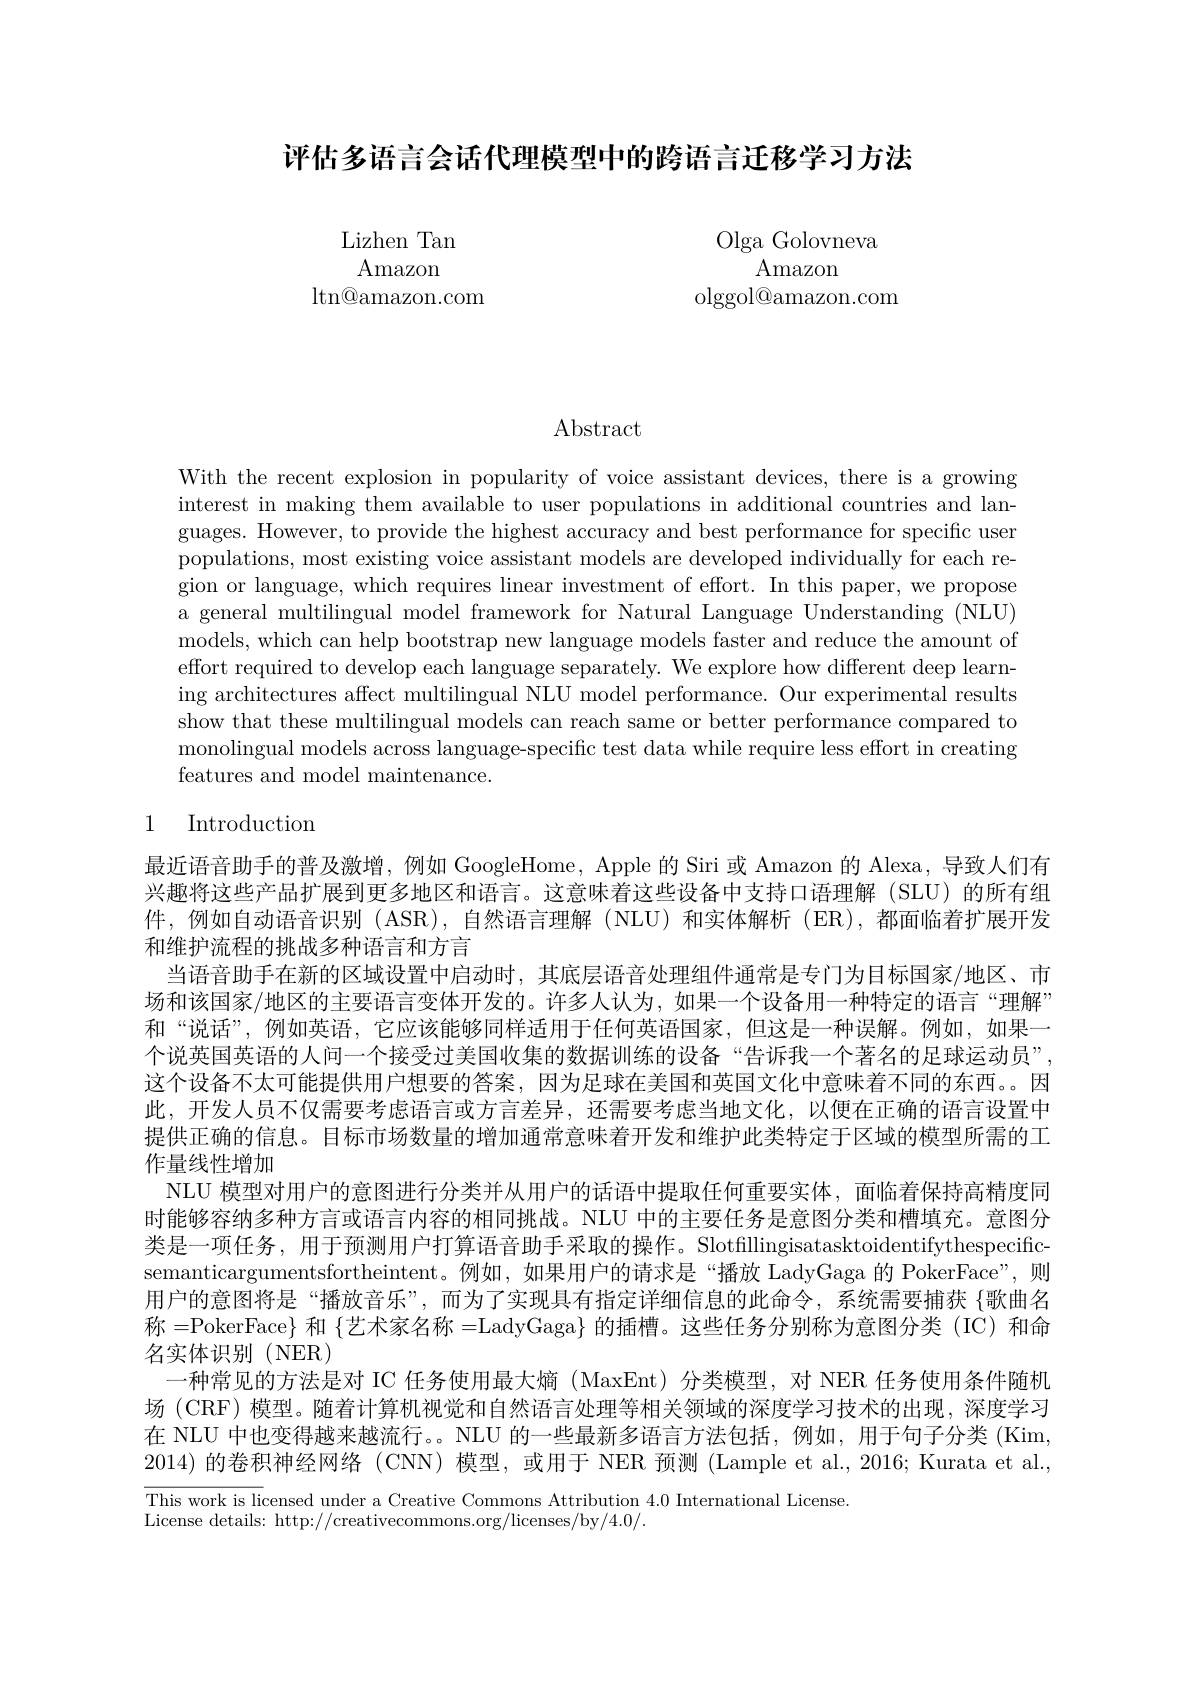
评估多语言会话代理模型中的跨语言迁移学习方法

Lizhen Tan Amazon
$\operatorname{ltn@amazon.com}$

Olga Golovneva
Amazon
olggol@amazon.com

$\operatorname{Abstract}$

With the recent explosion in popularity of voice assistant devices, there is a growing interest in making them available to user populations in additional countries and languages. However, to provide the highest accuracy and best performance for specific user populations, most existing voice assistant models are developed individually for each region or language, which requires linear investment of effort. In this paper, we propose a general multilingual model framework for Natural Language Understanding (NLU) models, which can help bootstrap new language models faster and reduce the amount of effort required to develop each language separately. We explore how different deep learning architectures affect multilingual NLU model performance. Our experimental results show that these multilingual models can reach same or better performance compared to monolingual models across language-specific test data while require less effort in creating features and model maintenance.

## 1 Introduction

最近语音助手的普及激增，例如 GoogleHome, Apple 的 Siri 或 Amazon 的 Alexa, 导致人们有兴趣将这些产品扩展到更多地区和语言。这意味着这些设备中支持口语理解(SLU)的所有组件，例如自动语音识别 (ASR), 自然语言理解 (NLU) 和实体解析 (ER),都面临着扩展开发和维护流程的挑战多种语言和方言
当语音助手在新的区域设置中启动时，其底层语音处理组件通常是专门为目标国家/地区、市场和该国家/地区的主要语言变体开发的。许多人认为，如果一个设备用一种特定的语言“理解” 和“说话”,例如英语，它应该能够同样适用于任何英语国家，但这是一种误解。例如，如果一个说英国英语的人问一个接受过美国收集的数据训练的设备“告诉我一个著名的足球运动员”, 这个设备不太可能提供用户想要的答案，因为足球在美国和英国文化中意味着不同的东西。因此，开发人员不仅需要考虑语言或方言差异，还需要考虑当地文化，以便在正确的语言设置中提供正确的信息。目标市场数量的增加通常意味着开发和维护此类特定于区域的模型所需的工作量线性增加
NLU 模型对用户的意图进行分类并从用户的话语中提取任何重要实体，面临着保持高精度同时能够容纳多种方言或语言内容的相同挑战。NLU 中的主要任务是意图分类和槽填充。意图分类是一项任务，用于预测用户打算语音助手采取的操作。Slotfillingisatasktoidentifythespecificsemanticargumentsfortheintent。例如，如果用户的请求是“播放 LadyGaga 的 PokerFace”,则用户的意图将是“播放音乐”,而为了实现具有指定详细信息的此命令，系统需要捕获 $\{$歌曲名称 =PokerFace} 和 $\{$艺术家名称 =LadyGaga} 的插槽。这些任务分别称为意图分类 (IC) 和命名实体识别(NER)
一种常见的方法是对 IC 任务使用最大熵 (MaxEnt) 分类模型，对 NER 任务使用条件随机场 (CRF) 模型。随着计算机视觉和自然语言处理等相关领域的深度学习技术的出现，深度学习在 NLU 中也变得越来越流行。。NLU 的一些最新多语言方法包括，例如，用于句子分类 (Kim, 2014)的卷积神经网络 (CNN) 模型，或用于 NER 预测 (Lample et al., 2016; Kurata et al., This work is licensed under a Creative Commons Attribution 4.0 International License
License details: http://creativecommons.org/licenses/by/4.0/.